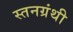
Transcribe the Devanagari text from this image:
स्तनग्रंथी